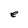
Character: e